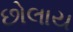
છોલાય